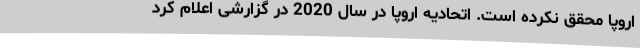
اروپا محقق نکرده است. اتحادیه اروپا در سال 2020 در گزارشی اعلام کرد